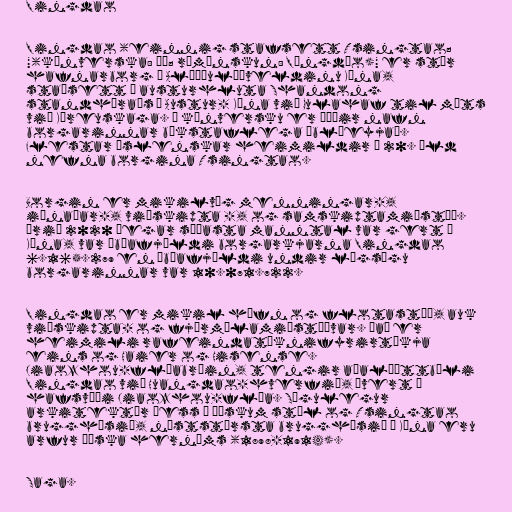
Qingdao

Qingdao (einnig stafsett Tsingtao;
"(kínverska: 青岛; rómönskun: Qīngdǎo)" er stór
hafnarborg í Alþýðulýðveldinu Kína,
staðsett í austurhluta Shandong
standhéraðs í Austur- Kína við Gulahaf til móts
við Kóreuskaga. Á kínversku er þýðir nafn
borgarinnar bókstaflega „bláeyja“.
Flestar íslenskar heimildir á 20. öld
nefna borgina Tsingtao.

Borgin er mikilvæg menningar-,
iðnaðar-, viðskipta -, og samskiptamiðstöð.
Árið 2020 þegar síðasta manntal var gert í
Kína, var íbúafjöldi borgarkjarna Qingdao
6.165.279 en íbúafjöldi undir lögsögu
borgarinnar var 10.071.722.

Qingdao er mikil höfn og flotastöð, auk
viðskipta- og fjármálamiðstöðvar. Það er
heimili rafeindatæknifyrirtækja
eins og Haier og Hisense.
Jiaozhou-flóabrúin, tengir aðalþéttbýli
Qingdao við Huangdao-hverfið, þvert á
hafsvæði Jiaozhou-flóa. Sögulegur
arkitektúr þess í þýskum stíl og Tsingtao
brugghúsið, næststærsta brugghúsið í Kína eru
arfur þýska hernáms (1898-1914).

Saga.